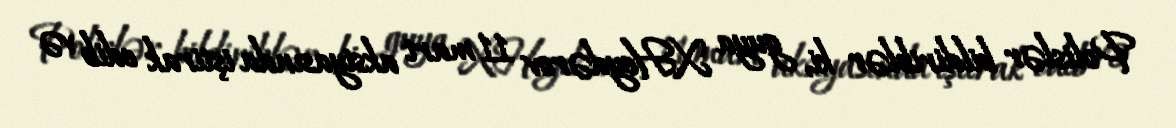
Polislər bildiriblər ki, guya X.Heydərov 11 mart aksiyasında iştirak edib və